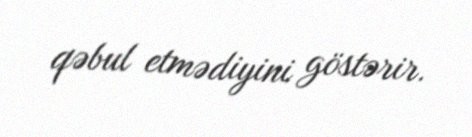
qəbul etmədiyini göstərir.